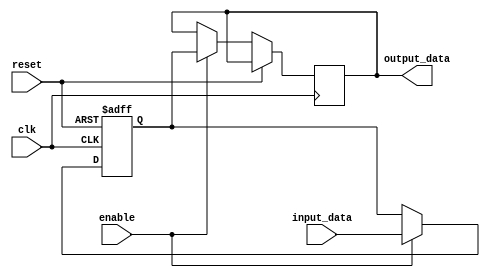
module BufferDelay(
  input wire clk,
  input wire reset,
  input wire enable,
  input wire [7:0] input_data,
  output reg [7:0] output_data
);

reg [7:0] buffer;
reg [7:0] delayed_data;

always @ (posedge clk or posedge reset) begin
  if (reset) begin
    buffer <= 8'b0;
  end else if (enable) begin
    buffer <= input_data;
    delayed_data <= buffer;
  end
end

assign output_data = delayed_data;

endmodule